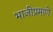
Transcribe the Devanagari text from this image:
भाजीप्रमाणे